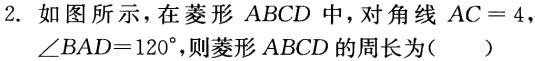
2. 如图所示，在菱形 \(ABCD\) 中，对角线 \(AC = 4\)，\(\angle BAD = 120^{\circ}\)，则菱形 \(ABCD\) 的周长为（  ）